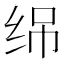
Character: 𬘣